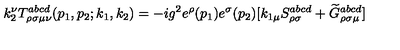
k _ { 2 } ^ { \nu } T _ { \rho \sigma \mu \nu } ^ { a b c d } ( p _ { 1 } , p _ { 2 } ; k _ { 1 } , k _ { 2 } ) = - i g ^ { 2 } e ^ { \rho } ( p _ { 1 } ) e ^ { \sigma } ( p _ { 2 } ) [ k _ { 1 \mu } S _ { \rho \sigma } ^ { a b c d } + \widetilde { G } _ { \rho \sigma \mu } ^ { a b c d } ]